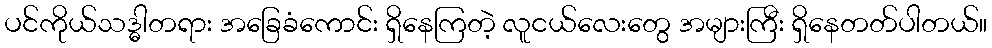
ပင်ကိုယ်သဒ္ဓါတရား အခြေခံကောင်း ရှိနေကြတဲ့ လူငယ်လေးတွေ အများကြီး ရှိနေတတ်ပါတယ်။